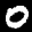
Label: 0